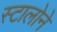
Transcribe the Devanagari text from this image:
स्टालोने